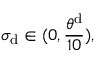
\sigma _ { \mathrm { { d } } } \in ( 0 , \frac { \theta ^ { \mathrm { d } } } { 1 0 } ) ,